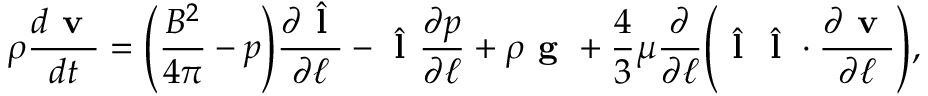
\rho \frac { d \textbf { v } } { d t } = \Bigg ( \frac { B ^ { 2 } } { 4 \pi } - p \Bigg ) \frac { \partial \hat { \textbf { l } } } { \partial \ell } - \hat { \textbf { l } } \frac { \partial p } { \partial \ell } + \rho \textbf { g } + \frac { 4 } { 3 } \mu \frac { \partial } { \partial \ell } \Bigg ( \hat { \textbf { l } } \hat { \textbf { l } } \cdot \frac { \partial \textbf { v } } { \partial \ell } \Bigg ) ,